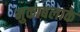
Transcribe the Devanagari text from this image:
मुकाबलाके